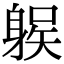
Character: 𨉛